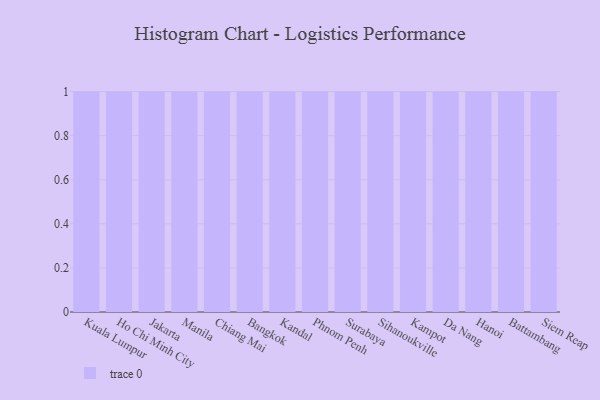
{"axis": {"x": "City", "y": "Latency (ms)"}, "legend": [""], "data": [{"x": "Kuala Lumpur", "y": 22, "type": ""}, {"x": "Ho Chi Minh City", "y": 44, "type": ""}, {"x": "Jakarta", "y": 41, "type": ""}, {"x": "Manila", "y": 93, "type": ""}, {"x": "Chiang Mai", "y": 43, "type": ""}, {"x": "Bangkok", "y": 79, "type": ""}, {"x": "Kandal", "y": 34, "type": ""}, {"x": "Phnom Penh", "y": 78, "type": ""}, {"x": "Surabaya", "y": 39, "type": ""}, {"x": "Sihanoukville", "y": 44, "type": ""}, {"x": "Kampot", "y": 95, "type": ""}, {"x": "Da Nang", "y": 59, "type": ""}, {"x": "Hanoi", "y": 68, "type": ""}, {"x": "Battambang", "y": 90, "type": ""}, {"x": "Siem Reap", "y": 28, "type": ""}]}